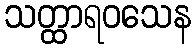
သတ္ထာရဝသေန